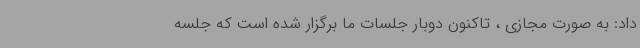
داد: به صورت مجازی ، تاکنون دوبار جلسات ما برگزار شده است که جلسه